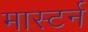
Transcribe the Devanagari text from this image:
मास्टर्न